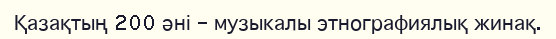
Қазақтың 200 әні – музыкалы этнографиялық жинақ.